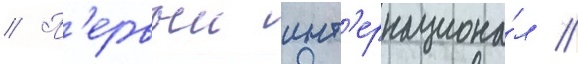
// П'ервыи инт'ернациона́л //